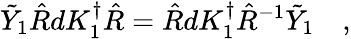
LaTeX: \tilde{Y}_{1}\hat{R}dK_{1}^{\dagger}\hat{R}=\hat{R}dK_{1}^{\dagger}\hat{R}^{-1}\tilde{Y}_{1}\quad,